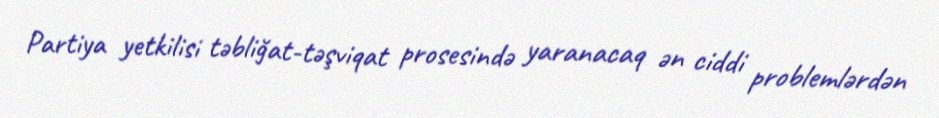
Partiya yetkilisi təbliğat-təşviqat prosesində yaranacaq ən ciddi problemlərdən